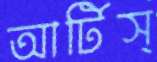
আর্টিস্